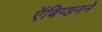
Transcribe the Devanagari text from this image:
ऍबिग्डनने